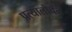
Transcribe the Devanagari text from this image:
प्रत्यालोचन